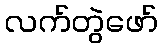
လက်တွဲဖော်